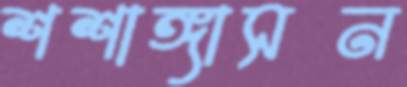
শশাঙ্গাসন